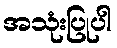
အသုံးပြုပါ